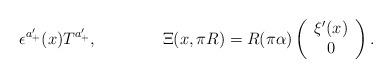
LaTeX: \begin{align*}\epsilon^{a_+'}(x) T^{a_+'}, \qquad\qquad \Xi(x,\pi R) = R(\pi \alpha) \left( \begin{array}{c}\xi'(x) \\0 \end{array} \right).\end{align*}